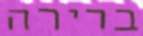
ברירה